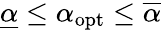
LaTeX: \underline{{\alpha}}\le\alpha_{\mathrm{opt}}\le\overline{{\alpha}}